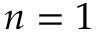
n = 1